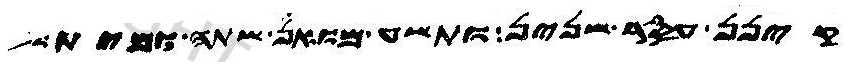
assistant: קינן עסר שנין ותשע מואן שתה ומית